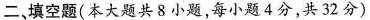
二，填空题(本大题共8小题，每小题4分，共32分)